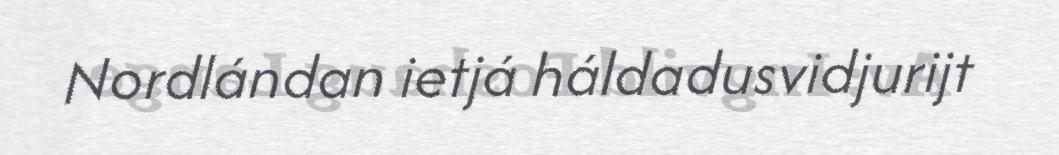
Nordlándan ietjá háldadusvidjurijt